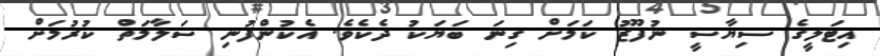
އިޓަލީގެ ސިޔާސީ ނުފޫޒު ކަމަށް ގިނަ ބަޔަކު ދެކެވެ. އެކުންފުނި ސަލާމަތް ކުރުމަށް